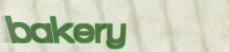
bakery